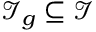
\mathcal { I } _ { g } \subseteq \mathcal { I }